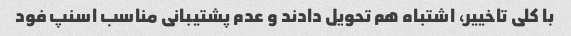
با کلی تاخییر، اشتباه هم تحویل دادند و عدم پشتیبانی مناسب اسنپ فود